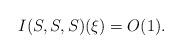
LaTeX: \begin{align*} I(S,S,S)(\xi)=O(1).\end{align*}